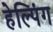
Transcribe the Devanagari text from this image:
हेल्पिंग